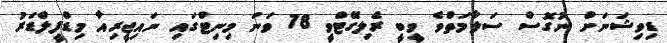
ޑިވިޝަނަށް ނުގޮސް ސަލާމަތްވެ ވީބީ ރެލިގޭޓްވީ 78 ވަނަ މިނިޓްގައި ނައިޖީރިއާ މިޑްފީލްޑަރު